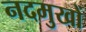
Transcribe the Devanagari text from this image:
नदमुखों